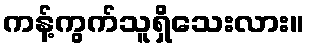
ကန့်ကွက်သူရှိသေးလား။